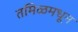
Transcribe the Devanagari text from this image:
तमिळमधून